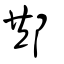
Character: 䢼